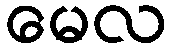
မေလ